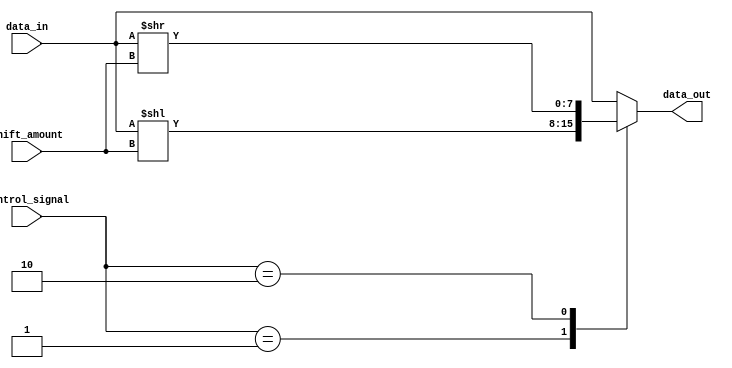
module sparse_barrel_shifter (
    input wire [7:0] data_in,
    input wire [2:0] shift_amount,
    input wire [3:0] control_signal,
    output reg [7:0] data_out
);

reg [7:0] temp;

always @(*) begin
    case(control_signal)
        4'b0000: temp = data_in; // no shift
        4'b0001: temp = data_in << shift_amount; // left shift
        4'b0010: temp = data_in >> shift_amount; // right shift
        // Add more cases for different shifting operations based on arithmetic blocks
        default: temp = data_in; // no shift by default
    endcase
end

assign data_out = temp;

endmodule